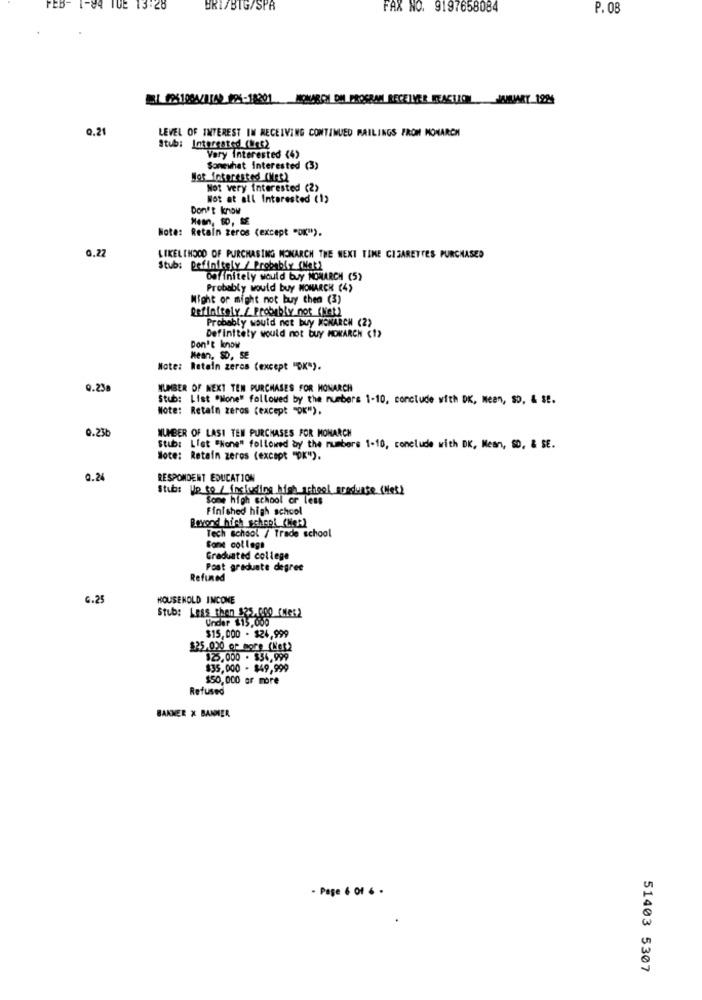
FEB- 1-84 TUE 13:28
BRI/BIG/SPR
FAX NO. 9197658084
P. 08
EL PS100A/142 886-18201 MONARCH ON PROGRAM RECEIVER MEACTION MART 19N
LEVEL OF INTEREST IN RECEIVING CONTINUED RAILINGS FROM MONARCH
Stub: Interested (Wet2
Very interested <4)
Somewhat interested (3)
Hot interested (Mes)
Not very interested (2)
Not at all Interested (1)
Don't know
Note: Retain zeros (except "OK").
0.22
LIKELIHOOD OF PURCHASING MONARCH THE NEXT TIME CIGARETTES PURCHASED
Stub: Definitely / Probably (Nak)
Definitely would buy MONARCH (5)
Probably would buy NOMARCH (4)
Might or might not buy them (3)
Definitely / Probably not (Net)
Probably would not buy MONARCH (2)
Definitely would not buy MOKARCH (1>
Don't know
Mean, SD, SE
Note: Retain zeros (except "OK").
0.23a
NUMBER OF NEXT TEN PURCHASES FOR MONARCH
Stub: List "None" followed by the numbers 1-10, conclude with DK, Meen, SO, & st.
Note: Retain zeros (except "OK"),
0.23b
NUMBER OF LASI TEN PURCHASES FOR MONARCH
Stub: Llet "Hone" followed by the numbers 1-10, conclude with DK, Mean, SD, & SE.
Note: Retain zeros (except "OK").
0.24
RESPONDENT EDUCATION
Stubs Up to / including high school acoduate (Nos)
Some high school or less
Finished high school
Beyond high school (Not)
Tech school / Trade school
Come collega
Graduated college
Post graduate degree
Refuned
G.25
HOUSEHOLD INCOME
Stub: Less then $25,000 (11662
Under $15,006
$15,000 - $24,999
$25.000 or more (Not)
$25,000 - $34,999
$35,000 - $49,999
$50,000 or more
Refused
BANNER X BANNER
- Page 6 Of 6 .
51403 5307